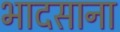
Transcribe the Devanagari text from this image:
भादसाना